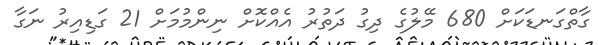
ގާތްގަނޑަކަށް 680 މޭލުގެ ދިގު ދަތުރު އެއްކޮށް ނިންމުމަށް 21 ގަޑިއިރު ނަގާ